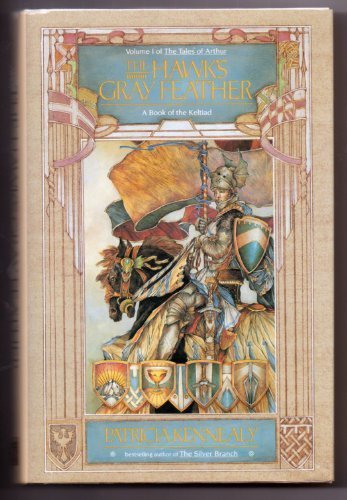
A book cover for The Hawk's Gray Feather (Keltiad); Patricia Kennealy; Science Fiction & Fantasy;